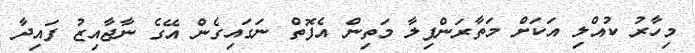
މިހާރު ކުއްލި އަކަށް މަތާރަންފިލާ މަތިން އެފޮތް ނަގައިގެން އޭގެ ނާޖާއިޒު ފައިދާ